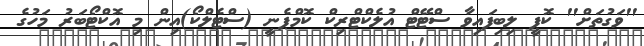
"ވަގުތަށް" ކޮޕީ ލިބިފައިވާ ސްޓޭޓް އުލެކްޓްރިކް ކޮމްޕެނީ (ސްޓެލްކޯ)އިން މި އޮކްޓޯބަރު މަހުގެ